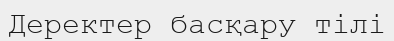
Деректер басқару тілі